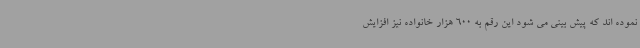
نموده اند که پیش بینی می شود این رقم به 600 هزار خانواده نیز افزایش